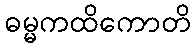
ဓမ္မကထိကောတိ